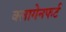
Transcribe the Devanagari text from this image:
क्लागेनफर्ट